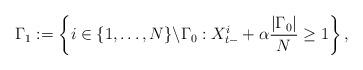
LaTeX: \begin{align*}\Gamma_{1} := \left\{i\in\{1, \dots, N\}\backslash \Gamma_0: X^{i}_{t-} + \alpha\frac{|\Gamma_0|}{N}\geq 1\right\},\end{align*}